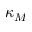
\kappa _ { M }